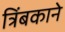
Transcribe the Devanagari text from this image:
त्रिंबकाने